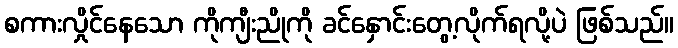
စကားလှိုင်နေသော ကိုကျီးညိုကို ခင်နှောင်းတွေ့လိုက်ရလို့ပဲ ဖြစ်သည်။